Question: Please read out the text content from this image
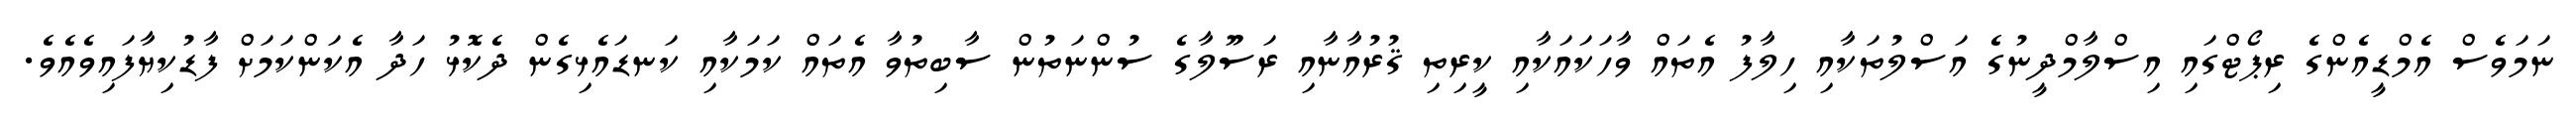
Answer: ނަމަވެސް އެމްޑީއެންގެ ރިޕޯޓްގައި އިސްލާމްދީނުގެ އަސްލުތަކާއި ހިލާފު އެތައް ވާހަކައަކާއި ކީރިތި ޤުރުއާނާއި ރަސޫލާގެ ސުންނަތުން ސާބިތުވާ އެތައް ކަމަކާއި ކަނޑައެޅިގެން ދެކޮޅު ހަދާ އެކަންކަމަށް ފާޑުކިޔާފައިވެއެވެ.